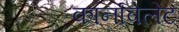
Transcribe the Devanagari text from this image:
कार्नावेलेट